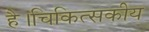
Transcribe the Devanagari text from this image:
है।चिकित्सकीय